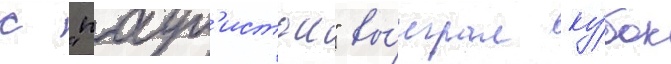
с "паул'истои" вы́играл ку́бок